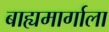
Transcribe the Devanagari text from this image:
बाह्यमार्गाला